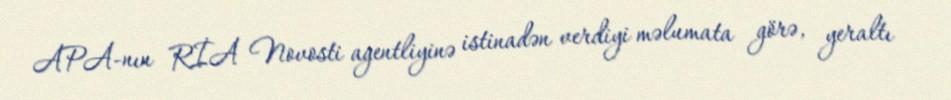
APA-nın RİA Novosti agentliyinə istinadən verdiyi məlumata görə, yeraltı